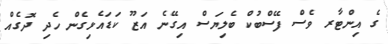
ގެ އިންޓާރ ވެސް ފޭސްބުކް ބެލިޔަސް އިގޭނެ އަޒޫ ކަޑައެޅިގެން ހެދި ދޮގެއް